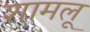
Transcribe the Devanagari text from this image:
शामलू